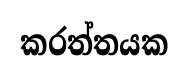
කරත්තයක